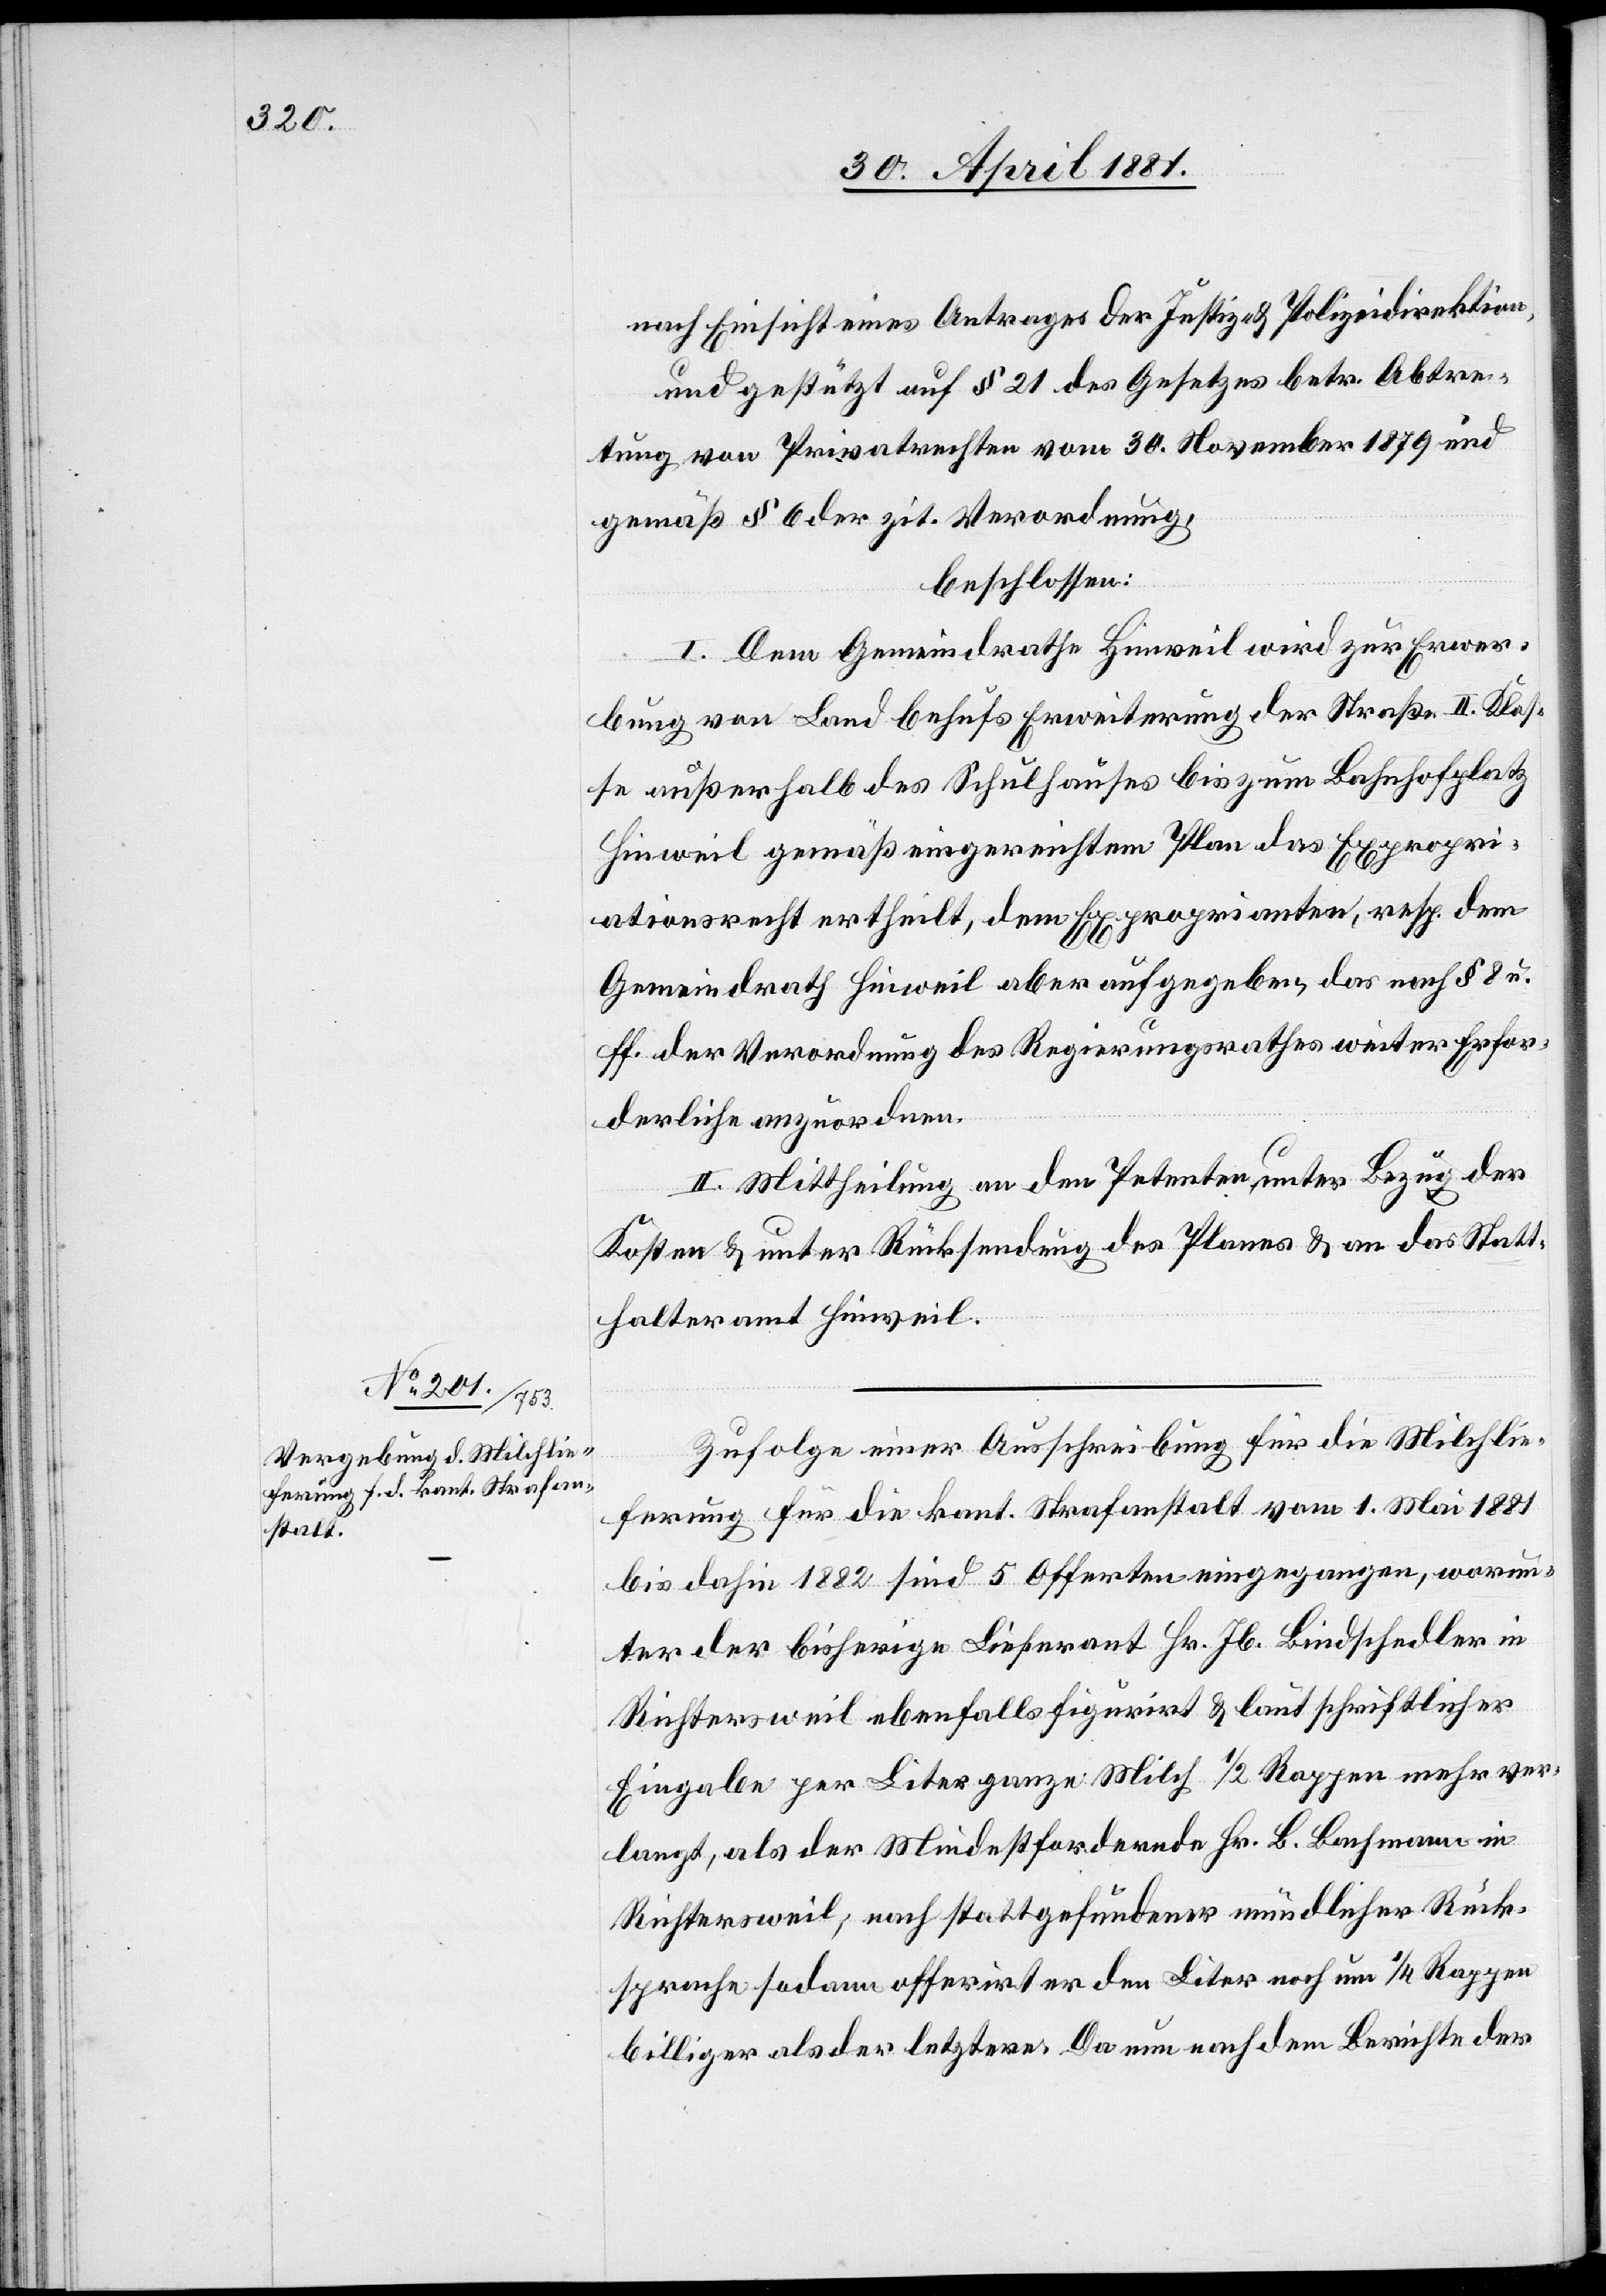
nach Einsicht eines Antrages der Justiz- & Polizeidirektion,
und gestützt auf § 21 des Gesetzes betr. Abtre¬
tung von Privatrechten vom 30. November 1879 und
gemäß § 6 der zit. Verordnung,
beschlossen:
I. Dem Gemeindrathe Hinweil wird zur Erwer¬
bung von Land behufs Erweiterung der Straße II. Klas¬
se außerhalb des Schulhauses bis zum Bahnhofplatz
Hinweil gemäß eingereichtem Plan das Expropri¬
ationsrecht ertheilt, dem Exproprienten, resp. dem
Gemeindrath Hinweil aber aufgegeben das nach § 8 u.
ff der Verordnung des Regierungsrathes weiter Erfor¬
derliche anzuordnen.
II. Mittheilung an den Petenten, unter Bezug der
Kosten & unter Rücksendung des Planes & an das Statt¬
halteramt Hinweil.
Zufolge einer Ausschreibung für die Milchlie¬
ferung für die kant. Strafanstalt vom 1. Mai 1881
bis dahin 1882 sind 5 Offerten eingegangen, worun¬
ter der bisherige Lieferant Hr. Jb. Bindschedler in
Richtersweil ebenfalls figurirt & samt schriftlicher
Eingabe per Liter ganze Milch 1/2 Rappen mehr ver¬
langt, als der mindestfordernde Hr. B. Bachmann in
Richtersweil; nach stattgefundener mündlicher Rück¬
sprache sodann offerirt er den Liter noch um 1/4 Rappen
billiger als der letztere. Da nun nachdem Berichte der